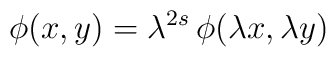
\phi(x,y)=\lambda^{2s} \, \phi(\lambda x,\lambda y)